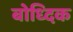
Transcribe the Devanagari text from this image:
बोध्दिक